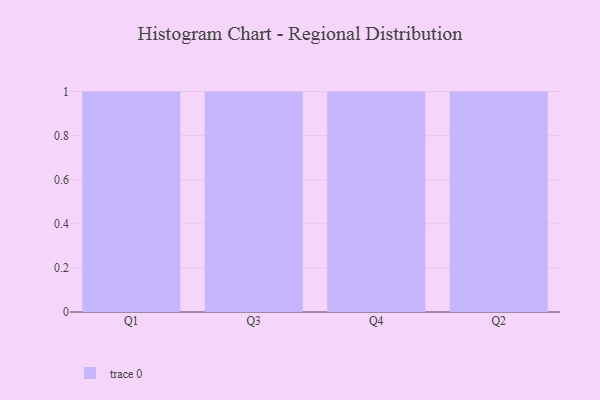
{"axis": {"x": "Quarter", "y": "Bounce Rate (%)"}, "legend": [""], "data": [{"x": "Q1", "y": 21, "type": ""}, {"x": "Q3", "y": 26, "type": ""}, {"x": "Q4", "y": 53, "type": ""}, {"x": "Q2", "y": 100, "type": ""}]}